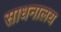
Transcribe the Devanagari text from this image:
साधनालय